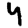
Digit: 4